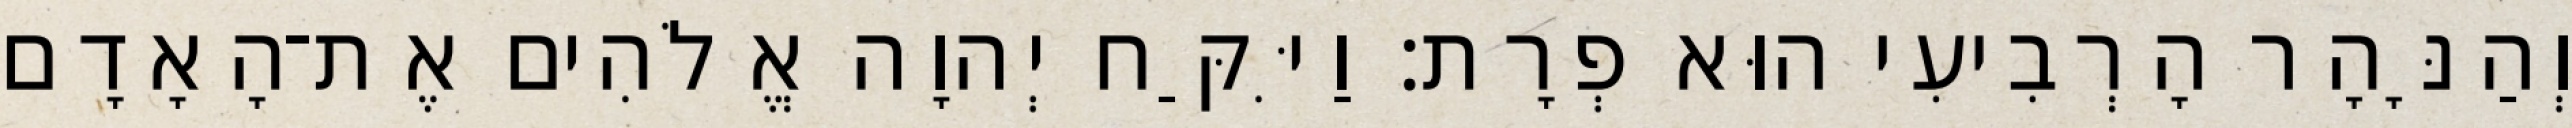
וְהַנָּהָר הָרְבִיעִי הוּא פְרָת׃ וַיִּקַּח יְהוָה אֱלֹהִים אֶת־הָאָדָם